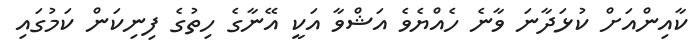
ކާއިންއަށް ކުޅަދާނަ ވާނެ ހެއްޔެވެ އަޝްވާ އަކީ އޭނާގެ ހިތުގެ ފިނިކަން ކަމުގައި